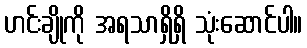
ဟင်းချိုကို အရသာရှိရှိ သုံးဆောင်ပါ။